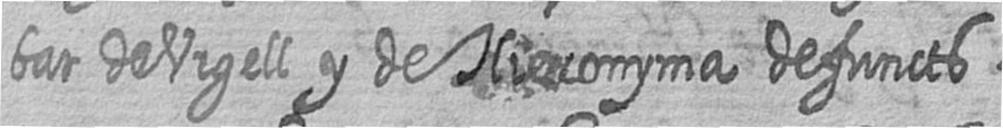
bat de Urgell y de Hieronyma defuncts